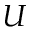
U